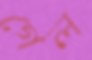
গেল